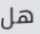
هل